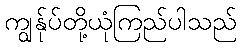
ကျွန်ုပ်တို့ယုံကြည်ပါသည်